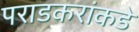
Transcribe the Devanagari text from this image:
पराडकरांकडे